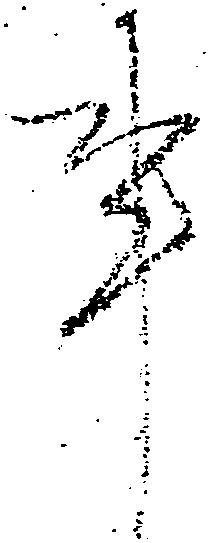
事